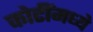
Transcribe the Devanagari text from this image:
कोटींमध्ये